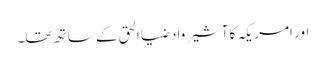
اور امریکہ کا آشیرواد ضیاالحق کے ساتھ تھا۔